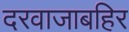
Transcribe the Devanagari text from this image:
दरवाजाबहिर